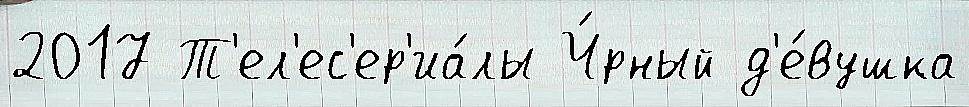
2017 Т'ел'ес'ер'иа́лы Ч́рный д'е́вушка